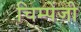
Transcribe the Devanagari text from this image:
चिम्पेंजी